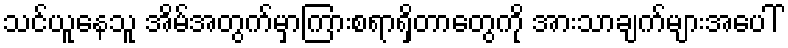
သင်ယူနေသူ အိမ်အတွက်မှာကြားစရာရှိတာတွေကို အားသာချက်များအပေါ်